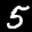
Label: 5